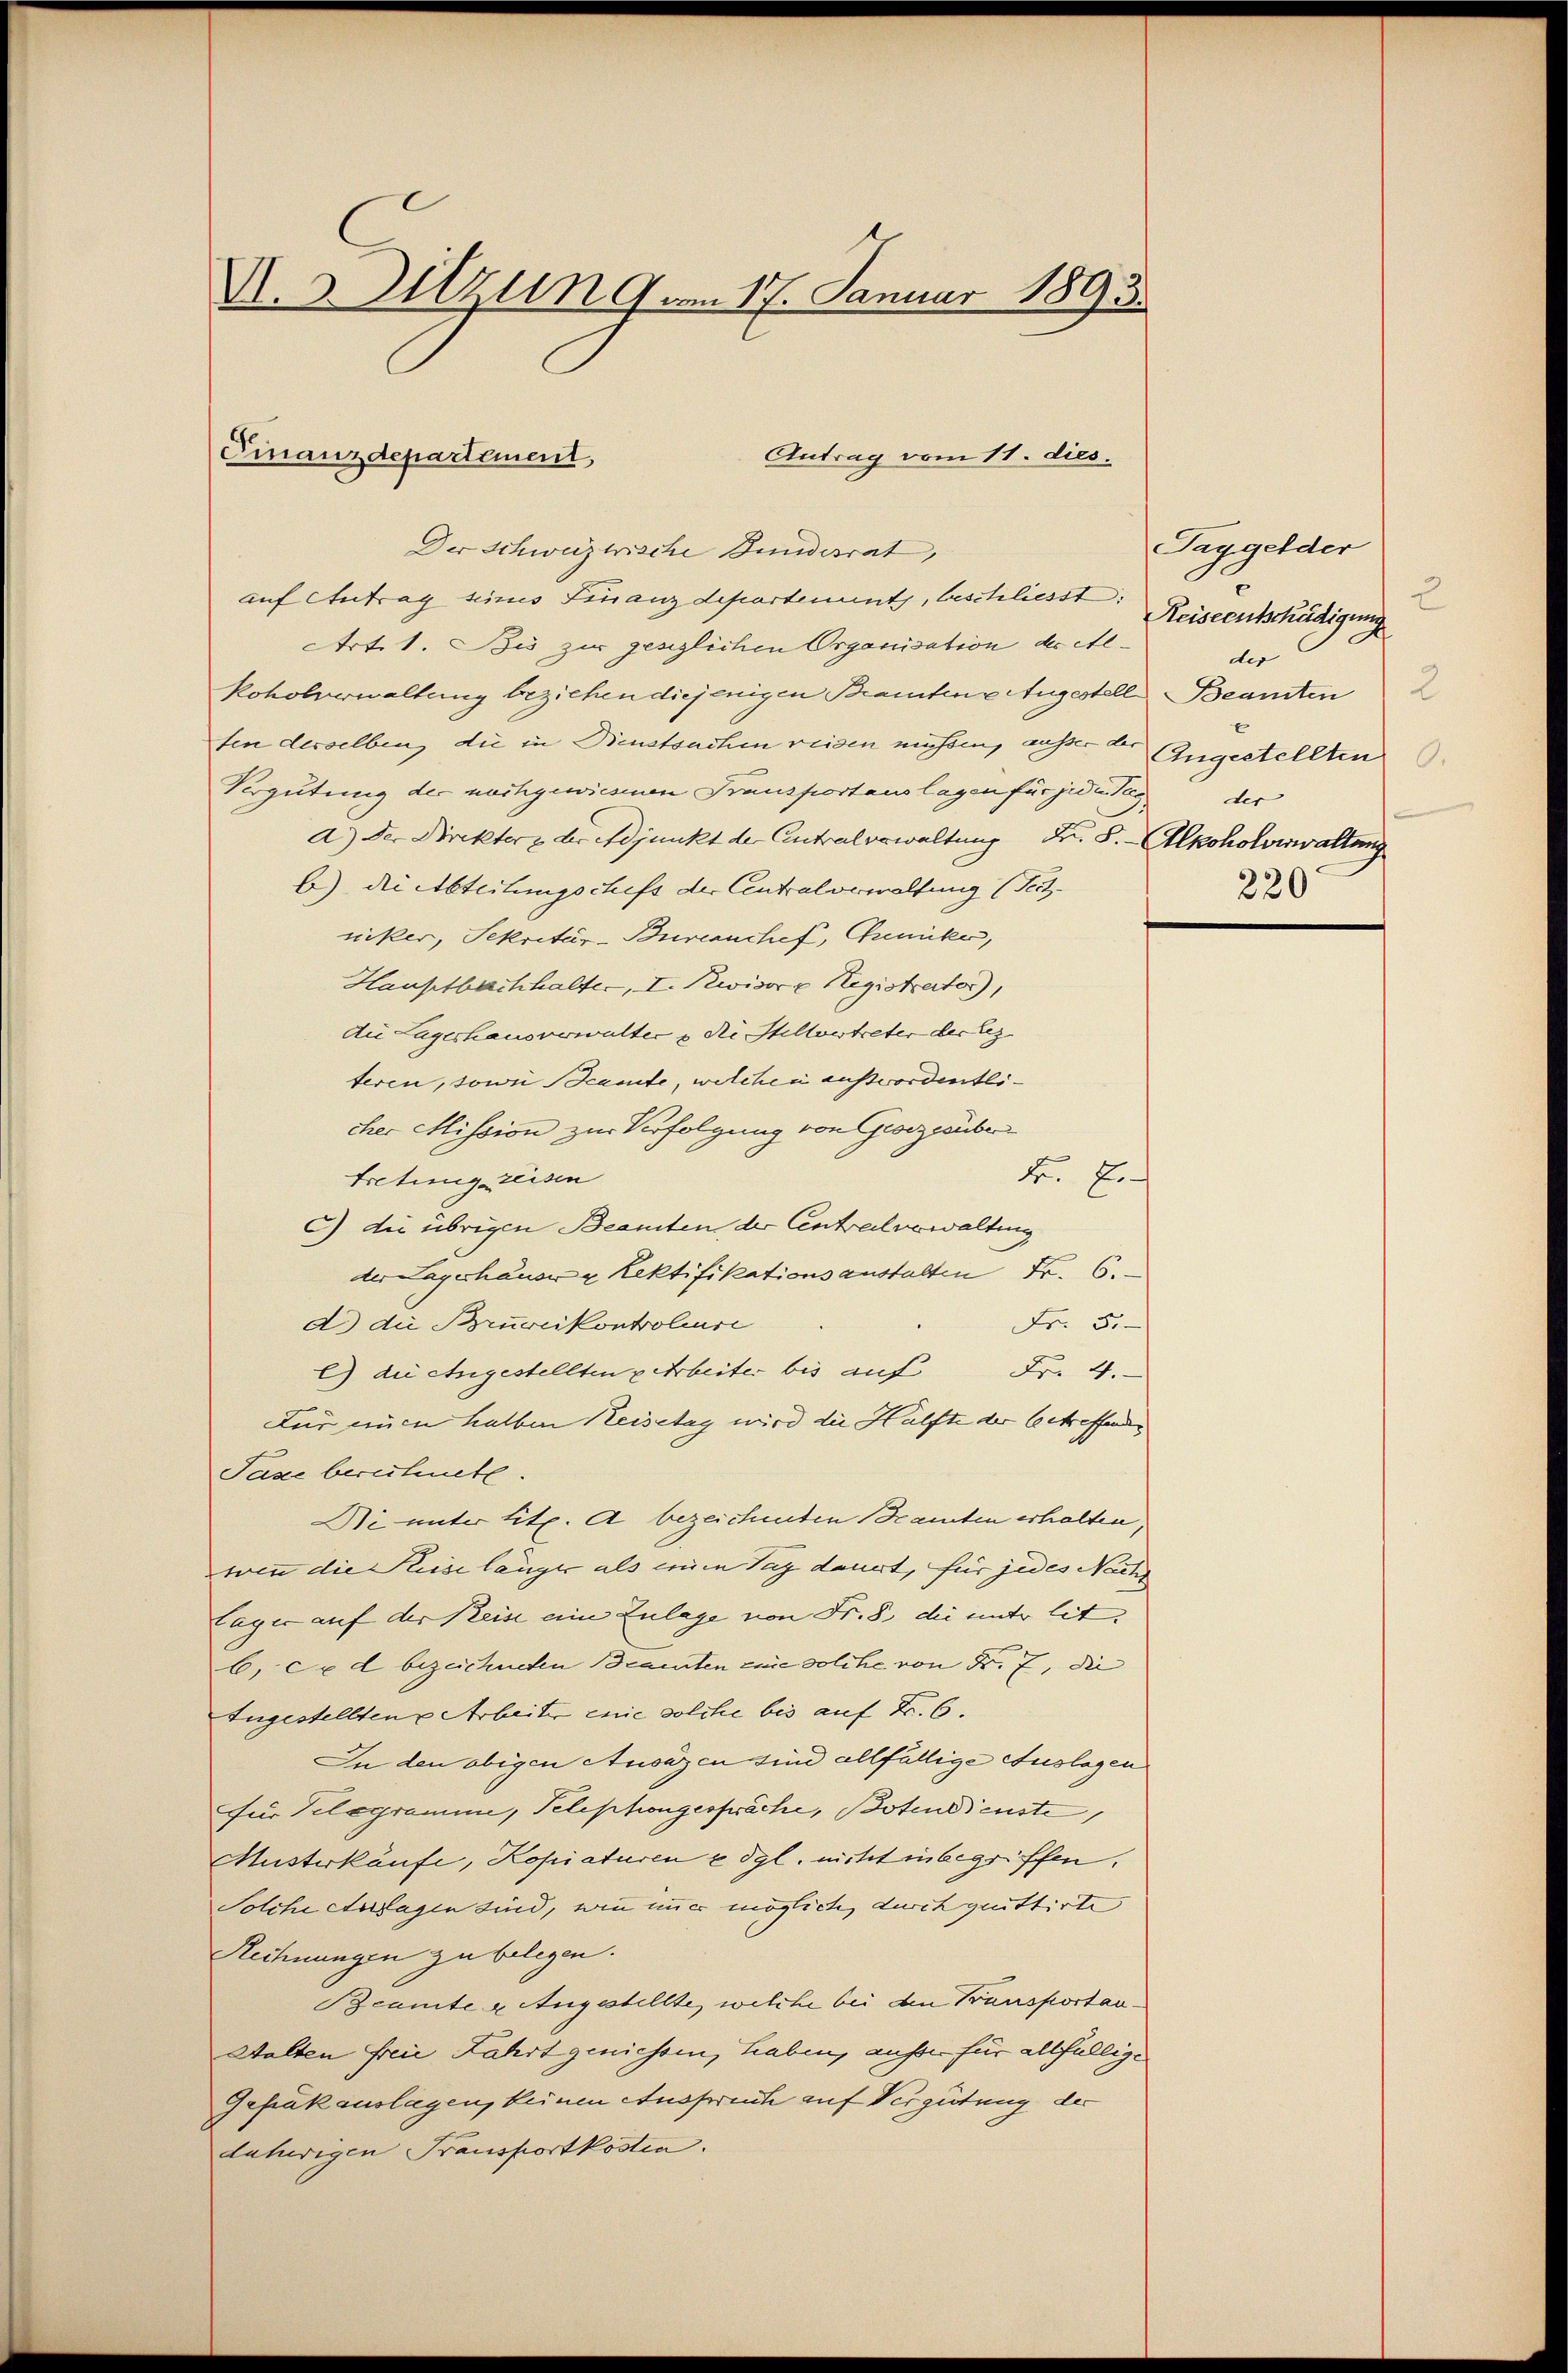
U. 3. Sitzung am 17. Januar 1893.

Antrag vom 11. dies.
Finanzdepartement,
Der Schweizerische Bundesrat,

auf Antrag seines Finanzdepartement, beschliesst,
Art. 1. Bis zur gesezlichen Organisation des Alkoholverwaltung beziehen diejenigen Branten Augestell Beamten
ten derselben die in Dienstsachen reisen müssen, außer der (zugestellten
Vergütung der nachgewiesenen Transportauslagen für jeden Tag der
d) der Direkter & der Adjunkt der Antralverwaltung Fr. S. - Alkoholverwaltung
b) die Abteilungschefs der Centralverwaltung (Teitniker, Sekretär-Bureanchef, Genicke,
Hauptbachhalter, I. Revisor v Registrator),
Die Lagerhausverwalter u. di Stellvertreter der lez
teren, sowie Beamte, welchen auswordentlicher Mission zur Verfolgung von Gesezesüber
F. J.
tretung reisen
c) die übrigen Beamten der Centralverwaltung
der Lagerhausen Lektifikationsanstalten Fr. 6.
d.) die Bruccikontroleuse
Fr. 50
l) die Angestellten Arbeiter bis auf
Fr. 4.
Für einen halben Keisetag wird die Hälfte der betreffendes
Pase berichnete.
Di unter tit. A bezeichneten Beamten erhalten,
wenn die Keise länger als einen Tag dauert, für jedes Nach
Lager auf der Reise eine Zulage von Fr. 8. die unter lit.
b. Ce d bezeichneten Beamten eine solche von Fr. 7, die
Iugestellten Arbeiter enie solche bis auf Fr. 6.
In den obigen Ausazen sind allfällige Auslagen
für Telegramme, Telephongespräche, Botendienste
Musterkäufe, Kopiaturen e dgl. nicht inbegriffen.
Solche Aussagen sind, wie immer möglich, durch quittirte
Rechnungen zu belegen.
Beamte u. Angestellte, welche bei den Transportan¬
Walten freie Fahrt geniessen, haben, ausser für allfällige
Gefrakauslagen, keinen Anspruch auf Vergütung der
daherigen Transportkosten.

Taggelder
Reiseentschädigung
der
2
220

2